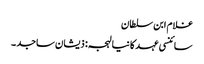
غلام ابن سلطان
سائنسی عہد کا نیا لہجہ: ذیشان ساجد ۔